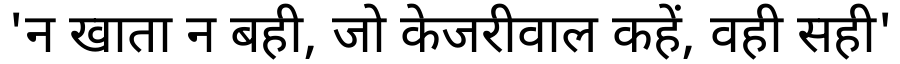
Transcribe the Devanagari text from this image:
'न खाता न बही, जो केजरीवाल कहें, वही सही'